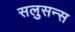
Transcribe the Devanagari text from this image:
सलुसन्स